Sanitation, dispensaries and jails vaccination Rajputana 1922-1927 - 1922-1927
Year: 1922
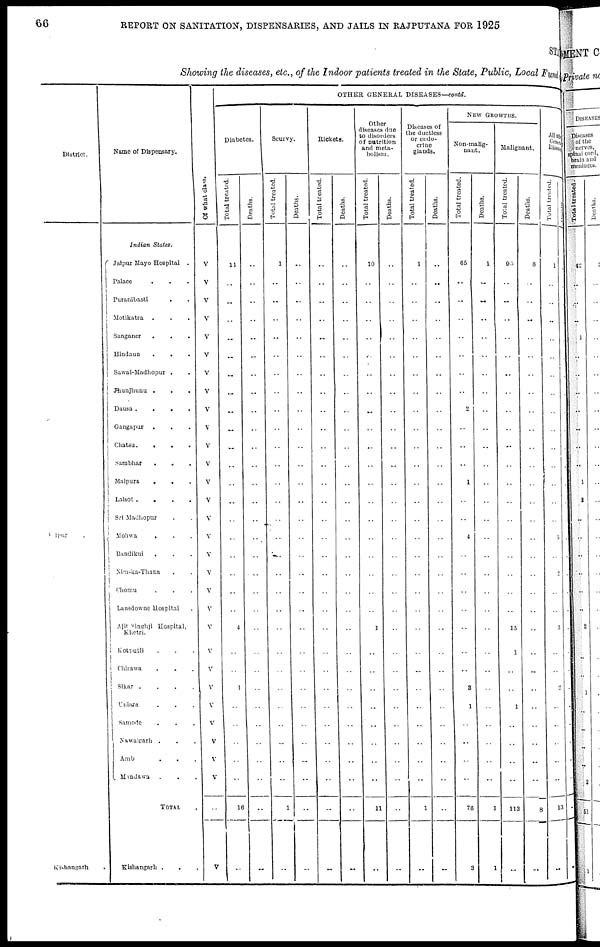
66
REPORT ON SANITATION, DISPENSARIES, AND JAILS IN RAJPUTANA FOR 1925
STATE
Showing the diseases, etc., of the Indoor patients treated in the State, Public, Local Fund
District.
Jaipur .
Kishangarh .
Name of Dispensary.
Indian States.
Jaipur Mayo Hospital .
Palace . . .
Puranibasti . .
Motikatra . . .
Sanganer . . .
Hindaun
.
. .
Sawai-Madhopur . .
Jhunjhunu . . .
Dausa .
.
.
.
Gangapur .
. .
Chatsu.
.
.
.
Sambhar
. . .
Malpura
.
. .
Lalsot .
.
.
.
Sri Madhopur . .
Mohwa
. . .
Bandikui
. . .
Nim-ka-Thana . .
Chomu . . .
Lansdowne Hospital .
Ajit Singhji Hospital,
Khetri.
Kotputli . . .
Chirawa . . .
Sikar .
.
.
.
Uniara . . .
Samode
.
. .
Nawalgarh . . .
Amb
.
. .
Mandawa .
. .
TOTAL .
Kishangarh . . .
Of what class.
V
V
V
V
V
V
V
V
V
V
V
V
V
V
V
V
V
V
V
V
V
V
V
V
V
V
V
V
V
..
V
OTHER GENERAL DISEASES—contd.
Diabetes.
Total treated.
11
..
..
..
..
..
..
..
..
..
..
..
..
..
..
..
..
..
..
..
4
..
..
1
..
..
..
..
..
16
..
Deaths.
..
..
..
..
..
..
..
..
..
..
..
..
..
..
..
..
..
..
..
..
..
..
..
..
..
..
..
..
..
..
..
Scurvy.
Total treated.
1
..
..
..
..
..
..
..
..
..
..
..
..
..
..
..
..
..
..
..
..
..
..
..
..
..
..
..
..
1
..
Deaths.
..
..
..
..
..
..
..
..
..
..
..
..
..
..
..
..
..
..
..
..
..
..
..
..
..
..
..
..
..
..
..
Rickets.
Total treated.
..
..
..
..
..
..
..
..
..
..
..
..
..
..
..
..
..
..
..
..
..
..
..
..
..
..
..
..
..
..
..
Deaths.
..
..
..
..
..
..
..
..
..
..
..
..
..
..
..
..
..
..
..
..
..
..
..
..
..
..
..
..
..
..
..
Other
diseases due
to disorders
of nutrition
and meta-
bolism.
Total treated.
10
..
..
..
..
..
..
..
..
..
..
..
..
..
..
..
..
..
..
..
1
..
..
..
..
..
..
..
..
11
..
Deaths.
..
..
..
..
..
..
..
..
..
..
..
..
..
..
..
..
..
..
..
..
..
..
..
..
..
..
..
..
..
..
..
Diseases of
the ductless
or endo-
crine
glands.
Total treated.
1
..
..
..
..
..
..
..
..
..
..
..
..
..
..
..
..
..
..
..
..
..
..
..
..
..
..
..
..
1
..
Deaths.
..
..
..
..
..
..
..
..
..
..
..
..
..
..
..
..
..
..
..
..
..
..
..
..
..
..
..
..
..
..
..
NEW GROWTHS.
Non-malig-
nant.
Total treated.
65
..
..
..
..
..
..
..
2
..
..
..
1
..
..
4
..
..
..
..
..
..
..
3
1
..
..
..
..
76
3
Deaths.
1
..
..
..
..
..
..
..
..
..
..
..
..
..
..
..
..
..
..
..
..
..
..
..
..
..
..
..
..
1
1
Malignant.
Total treated.
6
..
..
..
..
..
..
..
..
..
..
..
..
..
..
..
..
..
..
..
15
1
..
..
1
..
..
..
..
113
..
Deaths.
8
..
..
..
..
..
..
..
..
..
..
..
..
..
..
..
..
..
..
..
..
..
..
..
..
..
..
..
..
8
..
All other
General
Diseases.
Total treated.
1
..
..
..
..
..
..
..
..
..
..
..
..
..
..
5
..
2
..
..
3
..
..
2
..
..
..
..
..
13
..
Deaths.
..
..
..
..
..
..
..
..
..
..
..
..
..
..
..
..
..
..
..
..
..
..
..
..
..
..
..
..
..
..
..